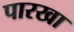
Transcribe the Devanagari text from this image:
पारखा